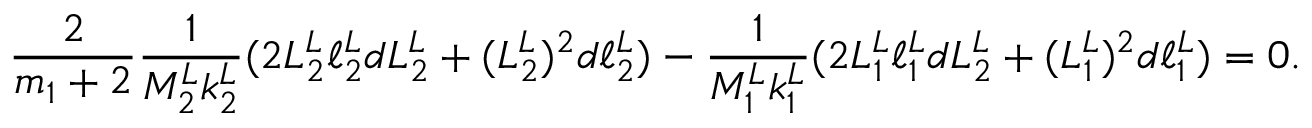
\frac { 2 } { m _ { 1 } + 2 } \frac { 1 } { M _ { 2 } ^ { L } k _ { 2 } ^ { L } } ( 2 L _ { 2 } ^ { L } \ell _ { 2 } ^ { L } d L _ { 2 } ^ { L } + ( L _ { 2 } ^ { L } ) ^ { 2 } d \ell _ { 2 } ^ { L } ) - \frac { 1 } { M _ { 1 } ^ { L } k _ { 1 } ^ { L } } ( 2 L _ { 1 } ^ { L } \ell _ { 1 } ^ { L } d L _ { 2 } ^ { L } + ( L _ { 1 } ^ { L } ) ^ { 2 } d \ell _ { 1 } ^ { L } ) = 0 .